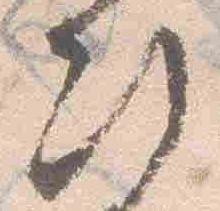
次